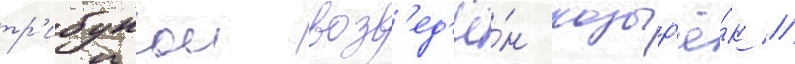
тр'ибунои возв'ед'ё́н козыр'ё́к //